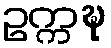
ဥက္ကဍ္ဎ